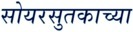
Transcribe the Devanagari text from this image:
सोयरसुतकाच्या